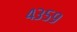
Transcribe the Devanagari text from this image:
४३५९